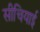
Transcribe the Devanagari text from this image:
सीचियाई